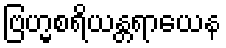
ဗြဟ္မစရိယန္တရာယေန